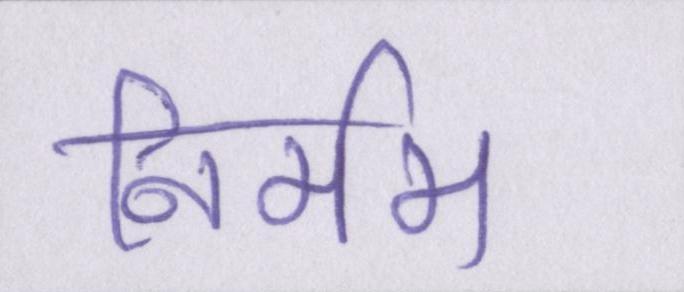
निर्मम